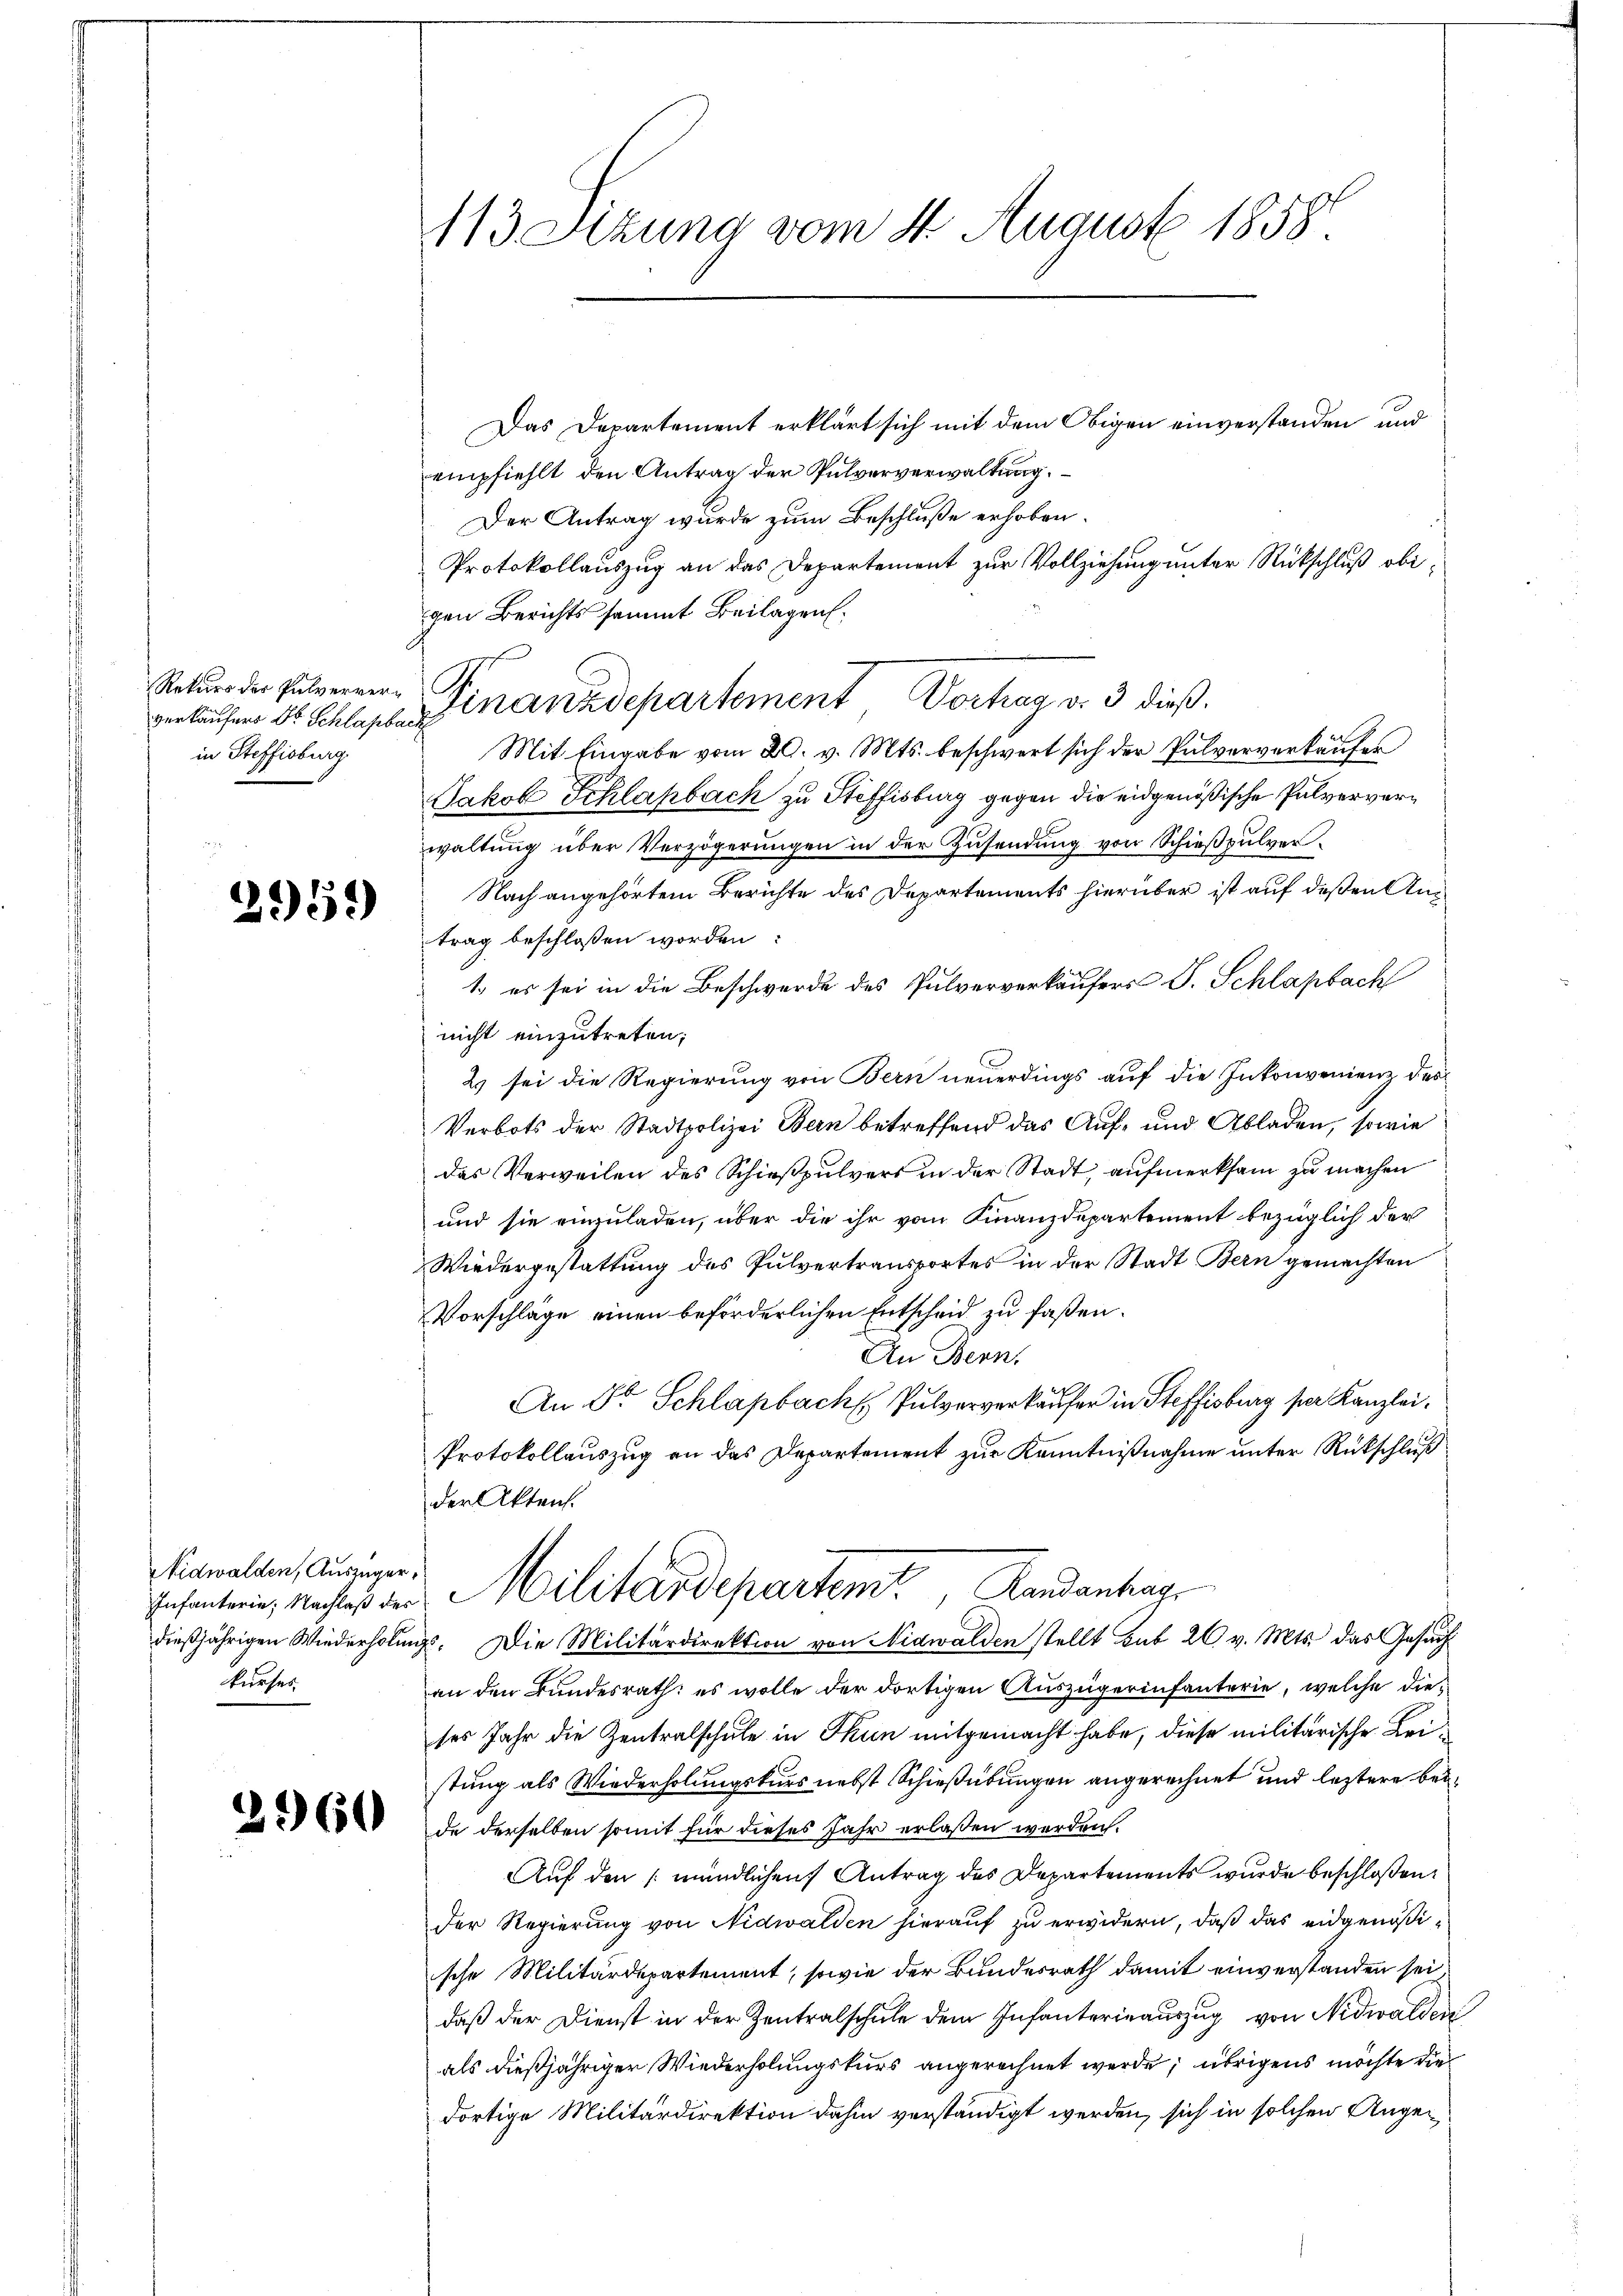
Rekurs der Pulverververkäufers Dr. Schlagbach
in Steffisburg.

2958)

Nidwalden, Auszüger,
kurses

2960

113 Sitzung vom 4. August 1858

Das Departement erklärt sich mit dem Obigen einverstanden und
empfiehlt den Antrag der Pulververwaltung.
Der Antrag wurde zum Beschluße erhoben.
Protokollauszug an das Departement zur Vollziehung unter Rückschluß obigen Berichtssammt Beilagen.
Finanzdepartement Verhag v. 3. dieß.
e
Mit Eingabe vom 20. v. Mts. beschwert sich der Pulververkaufes
Jakob Schlaßbach zu Steffisburg gegen die eidgenößische Pulververwaltung über Verzögerungen in der Zusendung von Schießpulver¬
Nach angehörtem Berichte des Departements hierüber ist auf deßen Antrag beschlossen worden:
1. es sei in die Beschwerde des Pulververkäufers S. Schlapbach
nicht einzutreten;
2 sei die Regierung von Bern neuerdings auf die Inkonvenienz des
Verbots der Stadtpolizei Bern betreffend das Auf- und Abladen, sowie
das Verweilen des Schießpulvers in der Stadt, aufmerksam zu machen
und sie einzuladen, über die ihr vom Finanzdepartement bezüglich der
Wiedergestattung des Pulvertransportes in der Stadt Bern gemachten
Vorschläge einen beförderlichen Entscheid zu faßen.
An Bern,
An Dr. Schlapbach Pulververkaufer in Steffisburg per Kanzlei.
Protokollauszug an das Departement zur Kenntnißnahme unter Rückschluß
der Akten.
Infanterie, nachtes der Militärdepartemt, Randenhag
dießjährigen Wiederholungs. Die Militärdirektion von Nidwalden stellt sub 26 v. Mts. das Gesuch
an den Bundesrath: es wolle der dortigen Auszügerinfanterie, welche dieses Jahr die Zentralschule in Thun mitgemacht habe, diese militärische Leistung als Wiederholungskurs nebst Schießübungen angerechnet und leztere beide derselben somit für dieses Jahr erlassen werden.
Auf den mündlichen Antrag des Departements wurde beschloßen:
Der Regierung von Nidwalden hierauf zu erwidern, daß das eidgenößische Militärdepartement, sowie der Bundesrath damit einverstanden sei
daß der Dienst in der Zentralschule dem Infanterinauszug von Nidwalden
als dießjähriger Wiederholungskurs angerechnet werde; übrigens möchte die
dortige Militärdirektion dahin verständigt werden, sich in solchen Ange¬